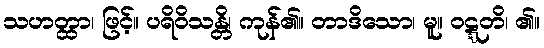
သဟတ္ထာ၊ ဖြင့်။ ပရိဝိသန္တိ၊ ကုန်၏။ တာဒိသော၊ မူ။ ဝဋ္ဋတိ၊ ၏။